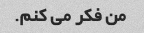
من فکر می کنم.